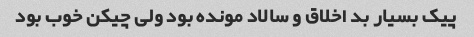
پیک بسیار بد اخلاق و سالاد مونده بود ولی چیکن خوب بود